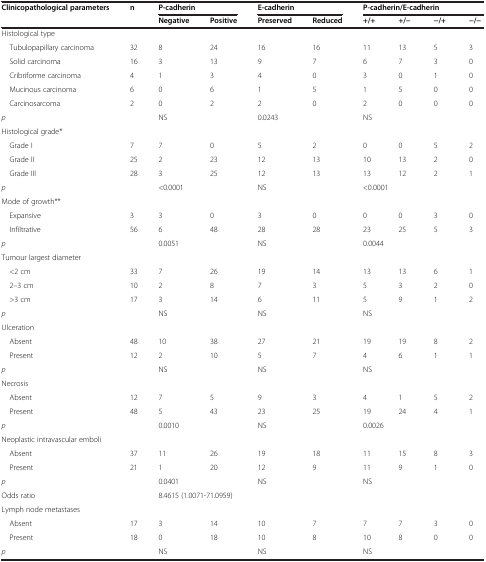
<table><thead><tr><td><b>Clinicopathological parameters</b></td><td><b>n</b></td><td colspan="2"><b>P-cadherin</b></td><td colspan="2"><b>E-cadherin</b></td><td colspan="4"><b>P-cadherin/E-cadherin</b></td></tr><tr><td></td><td></td><td><b>Negative</b></td><td><b>Positive</b></td><td><b>Preserved</b></td><td><b>Reduced</b></td><td><b>+/+</b></td><td><b>+/−</b></td><td><b>−/+</b></td><td><b>−/−</b></td></tr></thead><tbody><tr><td colspan="10">Histological type</td></tr><tr><td> Tubulopapillary carcinoma</td><td>32</td><td>8</td><td>24</td><td>16</td><td>16</td><td>11</td><td>13</td><td>5</td><td>3</td></tr><tr><td> Solid carcinoma</td><td>16</td><td>3</td><td>13</td><td>9</td><td>7</td><td>6</td><td>7</td><td>3</td><td>0</td></tr><tr><td> Cribriforme carcinoma</td><td>4</td><td>1</td><td>3</td><td>4</td><td>0</td><td>3</td><td>0</td><td>1</td><td>0</td></tr><tr><td> Mucinous carcinoma</td><td>6</td><td>0</td><td>6</td><td>1</td><td>5</td><td>1</td><td>5</td><td>0</td><td>0</td></tr><tr><td> Carcinosarcoma</td><td>2</td><td>0</td><td>2</td><td>2</td><td>0</td><td>2</td><td>0</td><td>0</td><td>0</td></tr><tr><td><i>p</i></td><td></td><td colspan="2">NS</td><td colspan="2">0.0243</td><td colspan="4">NS</td></tr><tr><td colspan="10">Histological grade*</td></tr><tr><td> Grade I</td><td>7</td><td>7</td><td>0</td><td>5</td><td>2</td><td>0</td><td>0</td><td>5</td><td>2</td></tr><tr><td> Grade II</td><td>25</td><td>2</td><td>23</td><td>12</td><td>13</td><td>10</td><td>13</td><td>2</td><td>0</td></tr><tr><td> Grade III</td><td>28</td><td>3</td><td>25</td><td>12</td><td>13</td><td>13</td><td>12</td><td>2</td><td>1</td></tr><tr><td><i>p</i></td><td></td><td colspan="2">&lt;0.0001</td><td colspan="2">NS</td><td colspan="4">&lt;0.0001</td></tr><tr><td colspan="10">Mode of growth**</td></tr><tr><td> Expansive</td><td>3</td><td>3</td><td>0</td><td>3</td><td>0</td><td>0</td><td>0</td><td>3</td><td>0</td></tr><tr><td> Infiltrative</td><td>56</td><td>6</td><td>48</td><td>28</td><td>28</td><td>23</td><td>25</td><td>5</td><td>3</td></tr><tr><td><i>p</i></td><td></td><td colspan="2">0.0051</td><td colspan="2">NS</td><td colspan="4">0.0044</td></tr><tr><td colspan="10">Tumour largest diameter</td></tr><tr><td> &lt;2 cm</td><td>33</td><td>7</td><td>26</td><td>19</td><td>14</td><td>13</td><td>13</td><td>6</td><td>1</td></tr><tr><td> 2–3 cm</td><td>10</td><td>2</td><td>8</td><td>7</td><td>3</td><td>5</td><td>3</td><td>2</td><td>0</td></tr><tr><td> &gt;3 cm</td><td>17</td><td>3</td><td>14</td><td>6</td><td>11</td><td>5</td><td>9</td><td>1</td><td>2</td></tr><tr><td><i>p</i></td><td></td><td colspan="2">NS</td><td colspan="2">NS</td><td colspan="4">NS</td></tr><tr><td>Ulceration</td><td></td><td></td><td></td><td></td><td></td><td></td><td></td><td></td><td></td></tr><tr><td> Absent</td><td>48</td><td>10</td><td>38</td><td>27</td><td>21</td><td>19</td><td>19</td><td>8</td><td>2</td></tr><tr><td> Present</td><td>12</td><td>2</td><td>10</td><td>5</td><td>7</td><td>4</td><td>6</td><td>1</td><td>1</td></tr><tr><td><i>p</i></td><td></td><td colspan="2">NS</td><td colspan="2">NS</td><td colspan="4">NS</td></tr><tr><td colspan="10">Necrosis</td></tr><tr><td> Absent</td><td>12</td><td>7</td><td>5</td><td>9</td><td>3</td><td>4</td><td>1</td><td>5</td><td>2</td></tr><tr><td> Present</td><td>48</td><td>5</td><td>43</td><td>23</td><td>25</td><td>19</td><td>24</td><td>4</td><td>1</td></tr><tr><td><i>p</i></td><td></td><td colspan="2">0.0010</td><td colspan="2">NS</td><td colspan="4">0.0026</td></tr><tr><td colspan="10">Neoplastic intravascular emboli</td></tr><tr><td> Absent</td><td>37</td><td>11</td><td>26</td><td>19</td><td>18</td><td>11</td><td>15</td><td>8</td><td>3</td></tr><tr><td> Present</td><td>21</td><td>1</td><td>20</td><td>12</td><td>9</td><td>11</td><td>9</td><td>1</td><td>0</td></tr><tr><td><i>p</i></td><td></td><td colspan="2">0.0401</td><td colspan="2">NS</td><td colspan="4">NS</td></tr><tr><td>Odds ratio</td><td></td><td colspan="4">8.4615 (1.0071-71.0959)</td><td colspan="4"></td></tr><tr><td colspan="10">Lymph node metastases</td></tr><tr><td> Absent</td><td>17</td><td>3</td><td>14</td><td>10</td><td>7</td><td>7</td><td>7</td><td>3</td><td>0</td></tr><tr><td> Present</td><td>18</td><td>0</td><td>18</td><td>10</td><td>8</td><td>10</td><td>8</td><td>0</td><td>0</td></tr><tr><td><i>p</i></td><td></td><td colspan="2">NS</td><td colspan="2">NS</td><td colspan="4">NS</td></tr></tbody></table>